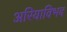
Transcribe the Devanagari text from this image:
अरियाविभद